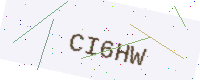
Text: CI6HW